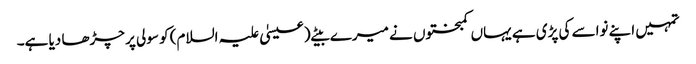
تمہیں اپنے نواسے کی پڑی ہے یہاں کمبختوں نے میرے بیٹے (عیسیٰ علیہ السلام) کو سولی پر چڑھا دیا ہے۔